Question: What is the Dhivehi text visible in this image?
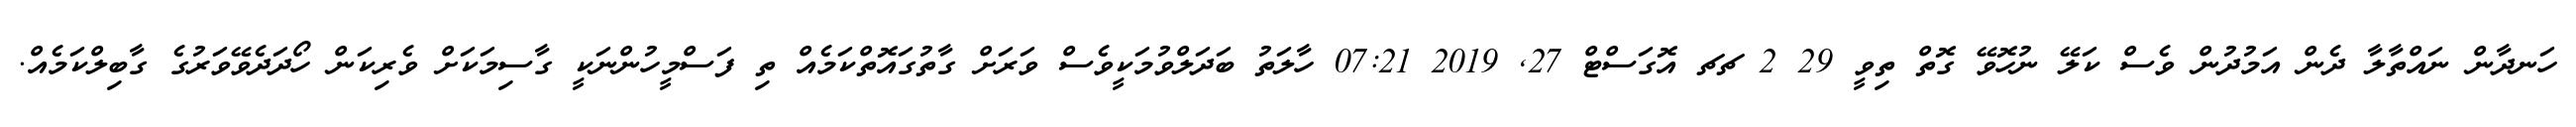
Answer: ހަނދާން ނައްތާލާ ދެން އަމުދުން ވެސް ކަލޭ ނުހޮވޭ ގޮތް ތިވީ 29 2 ޗޗ އޮގަސްޓް 27, 2019 07:21 ހާލަތު ބަދަލްވުމަކީވެސް ވަރަށް ގާތުގައޮތްކަމެއް ތި ފަސްމީހުންނަކީ ގާސިމަކަށް ވެރިކަން ހޯދަދެވޭވަރުގެ ގާބިލްކަމެއް.